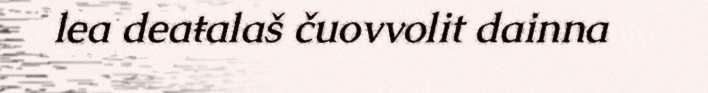
lea deaŧalaš čuovvolit dainna